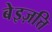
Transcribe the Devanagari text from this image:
बेइज़त्ति